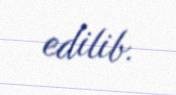
edilib.